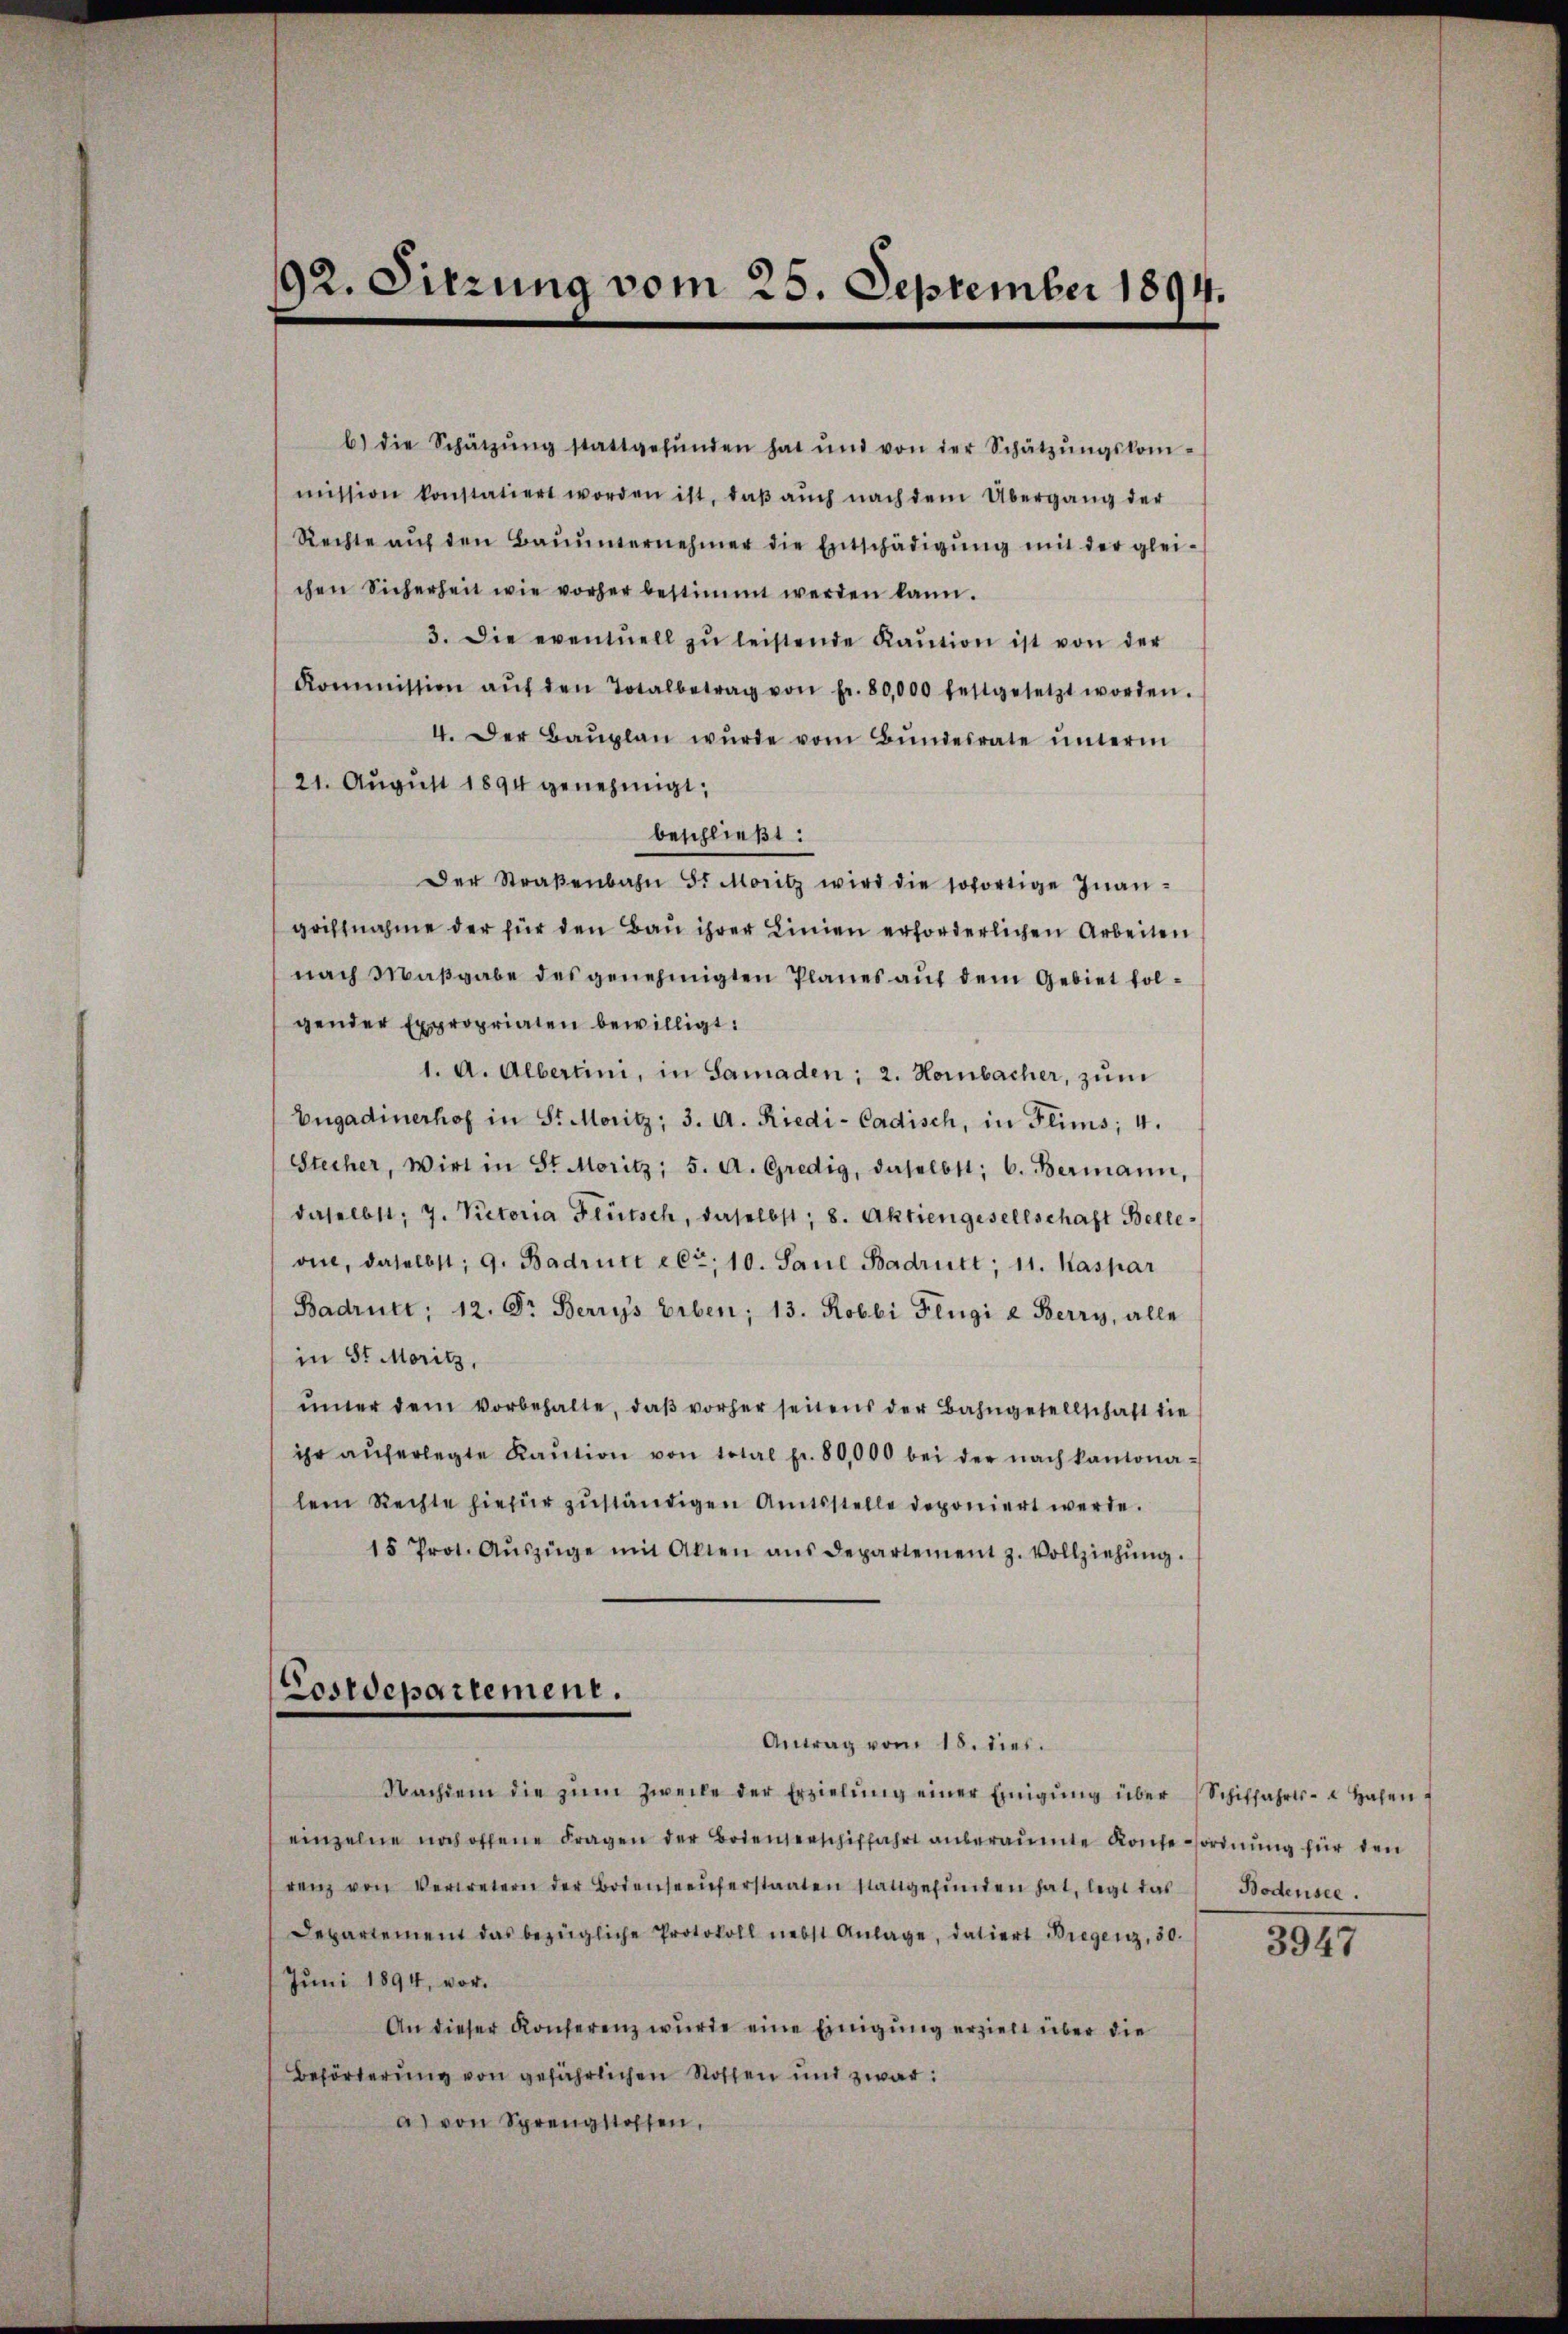
b) die Schätzŭng stattgefŭnden hat und von der Schatzŭngskom-
mission konstatiert worden ist, daβ aŭch nach dem Übergang der
Rechte aŭf den Baŭŭnternehmer die Entschädigŭng mit der glei-
chen Sicherheit wie vorher bestimmt werden kann.
3. Die eventuell zŭ leistende Kaŭtion ist von der
Kommission aŭf den Totalbetrag von fr. 80,000 festgesetzt worden.
4. Der Baŭplan wŭrde vom Bŭndesrate unterm
21. August 1894 genehmigt,
beschließt:
Der Straβenbahn 5 Moritz wird die sofortige Inangriffnahme der für den Bau ihrer Linien erforderlichen Arbeiten
nach Maßgabe des genehmigten Planes auf dem Gebiet folgender Expropriaten bewilligt:
1. A. Albertini, in Samaden; 2. Hombacher, zum
Engadinerhof in St. Moritz; 3. A. Riedi-Cadisch, in Flims; 4.
Stecher, Wirt in St. Moritz; 5. A. Gredig, daselbst; 6. Bermann,
daselbst, 7. Victoria Frütsch, daselbst; 8. Aktiengesellschaft Belle-
vin, daselbst; G. Badrirt er, 10. Saul Badritt, 11. Kaspar
Badruet; 12. Dr Berrys Erben; 13. Robbi Flügi u Berry, alle
in St. Moritz,
imer dem vorbehalte, daβ vorher seitens der Bahngesellschaft die
ihr aŭferlegte Kaŭtion von total pr. 80,000 bei der nach kantonalem Rechte hiefür zuständigen Amtsstelle deponiert werde.
15 Prot. Aŭszüge mit Akten ans Departement z. Vollziehŭng.
Postdepartement.
Antrag vom 18. dies.
Nachdem die zŭm Zwecke der Erzielŭng einer Einigŭng über (Schiffahrts- Hasen
einzelne noch offene Fragen der Bodenserschiffahrt anberaumte Konseordnung für den
renz von Vertretern der Bodenseeŭferstaaten stattgefunden hat, legt das
Departement das bezügliche Protokoll nebst Anlage, datiert Bregenz, 30.
Juni 1894, vor.
An dieser Konferenz wurde eine Einigung erzielt über die
Beförderung von gefährlichen Stossen und zwar
a) von Sprengstossen,

92. Sitzung vom 25. September 1894.

Bodensee.

3947